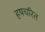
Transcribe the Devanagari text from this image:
हषचरित